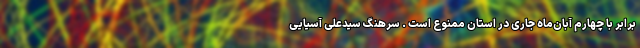
برابر با چهارم آبان‌ماه جاری در استان ممنوع است . سرهنگ سیدعلی آسیایی